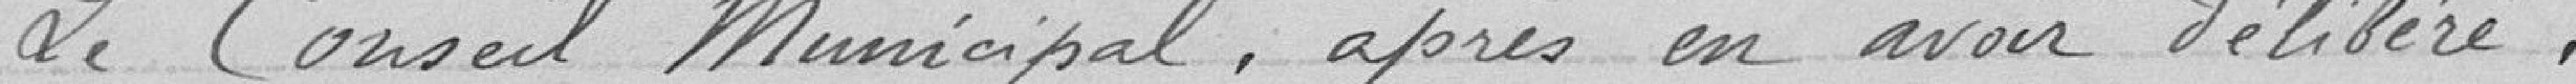
Le Conseil Municipal, après en avoir délibéré.